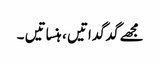
مجھے گدگداتیں ، ہنساتیں ۔